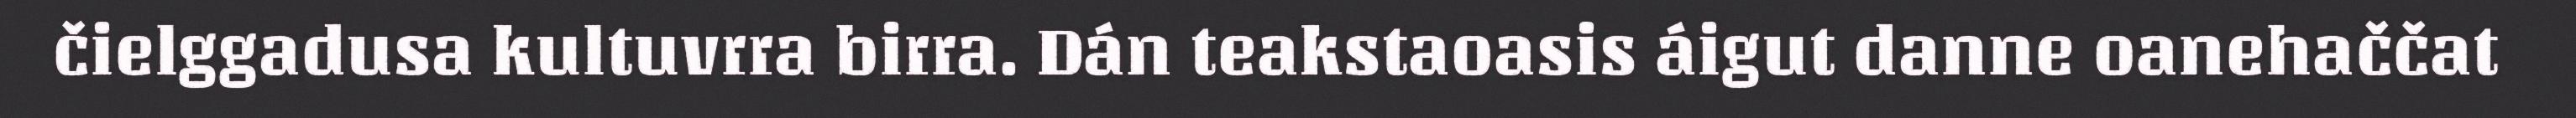
čielggadusa kultuvrra birra. Dán teakstaoasis áigut danne oanehaččat